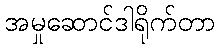
အမှုဆောင်ဒါရိုက်တာ